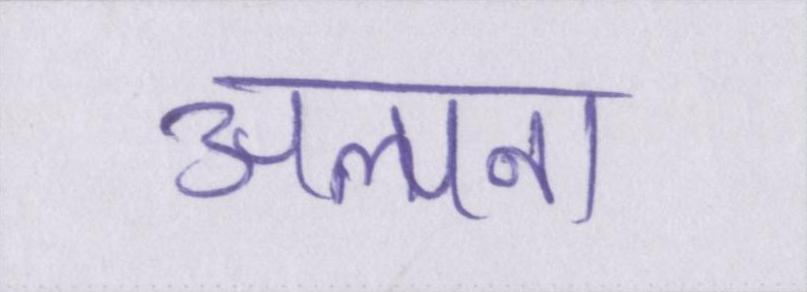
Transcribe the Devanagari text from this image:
अल्पना